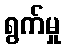
ရွက်မှု